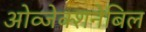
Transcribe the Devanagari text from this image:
ओव्जेक्शनेबिल